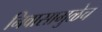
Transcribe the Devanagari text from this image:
निवासामुळेच